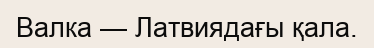
Валка — Латвиядағы қала.